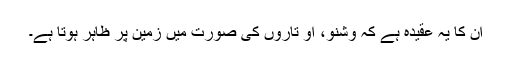
ان کا یہ عقیدہ ہے کہ وشنو، او تاروں کی صورت میں زمین پر ظاہر ہوتا ہے۔